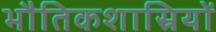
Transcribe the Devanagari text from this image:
भौतिकशास्रियों